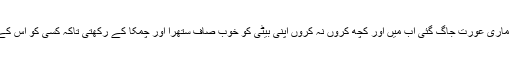
میرے اندر کی چھپی ہوئی لالچی ،خواہشوں کی ہوس کی ماری عورت جاگ گئی اب میں اور کچھ کروں نہ کروں اپنی بیٹی کو خوب صاف ستھرا اور چمکا کے رکھتی تاکہ کسی کو اس کے آنے پر کو‎ئی اعتراض نہ ہو اور سب اس کو پیار کریں۔